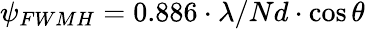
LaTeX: {{\psi}_{FWMH}}=0.886\cdot\lambda/Nd\cdot\cos\theta